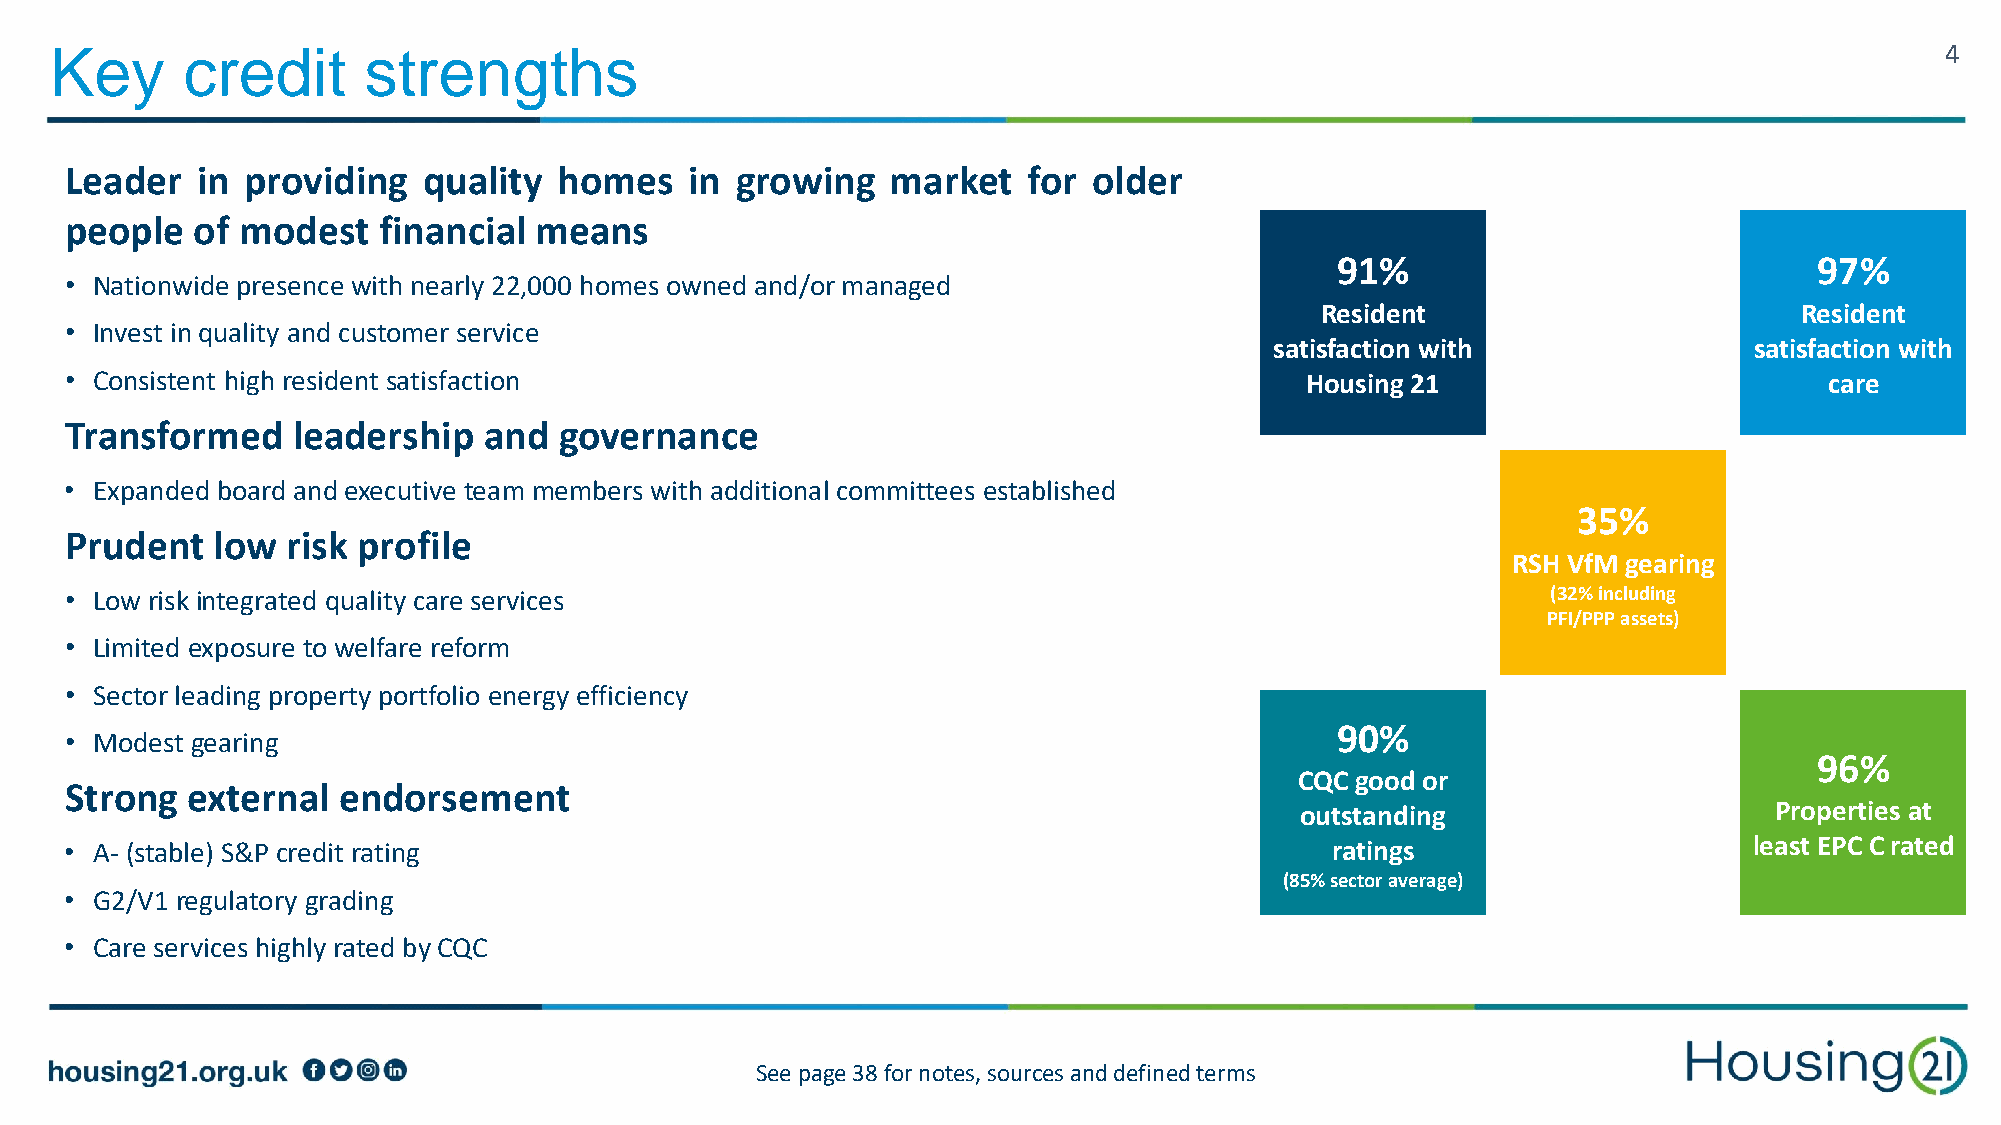
Key      credit      strengths                                                                                                4
 Leader   in providing   quality  homes    in growing   market   for older
 people   of modest   financial means
 91%                             97%
 • Nationwide presence with nearly 22,000 homes owned and/or managed
 Resident                        Resident
 • Invest in quality and customer service
 satisfaction with               satisfaction with
 • Consistent high resident satisfaction                                           Housing 21                         care
 Transformed    leadership   and  governance
 • Expanded board and executive team members with additional committees established
 35%
 Prudent   low  risk profile
 RSH VfM gearing
 • Low risk integrated quality care services                                                        (32% including
 PFI/PPP assets)
 • Limited exposure to welfare reform
 • Sector leading property portfolio energy efficiency
 90%
 • Modest gearing
 96%
 CQC good or
 Strong  external  endorsement
 outstanding                    Properties at
 • A- (stable) S&P credit rating                                                     ratings                     least EPC C rated
 (85% sector average)
 • G2/V1 regulatory grading
 • Care services highly rated by CQC
 See page 38 for notes, sources and defined terms